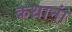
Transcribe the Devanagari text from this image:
कथानां